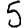
Digit: 5